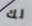
لك